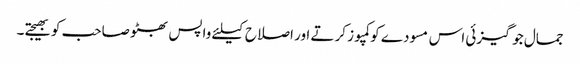
جمال جوگیزئی اس مسودے کو کمپوز کرتے اور اصلاح کیلئے واپس بھٹو صاحب کو بھیجتے۔